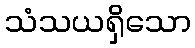
သံသယရှိသော